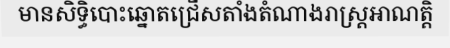
មានសិទ្ធិបោះឆ្នោតជ្រើសតាំងតំណាងរាស្ត្រអាណត្តិ